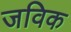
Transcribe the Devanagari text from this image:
जविक